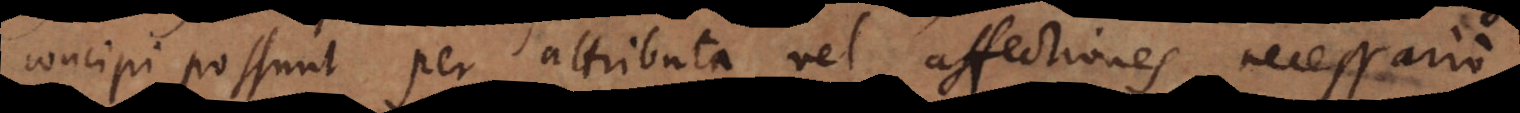
concipi possunt per attributa vel affectiones necessario